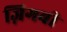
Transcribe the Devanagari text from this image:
ज़िगबी